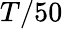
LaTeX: T/50